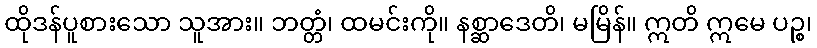
ထိုဒန်ပူစားသော သူအား။ ဘတ္တံ၊ ထမင်းကို။ နစ္ဆာဒေတိ၊ မမြိန်။ ဣတိ ဣမေ ပဉ္စ၊